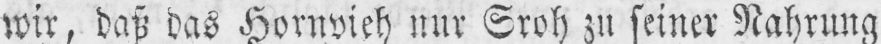
wir, daß das Hornvieh nur Sroh zu seiner Nahrung